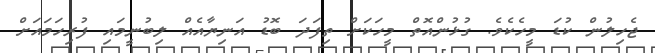
ޖެހިލުން ކުޑަ މީހެކެވެ. ގުޅުންއޮތް މީހަކަށް ތިފަދަ ބޮޑު އަނިޔާއެއް ލިބުނީމައި ފުރިހަމައަށް